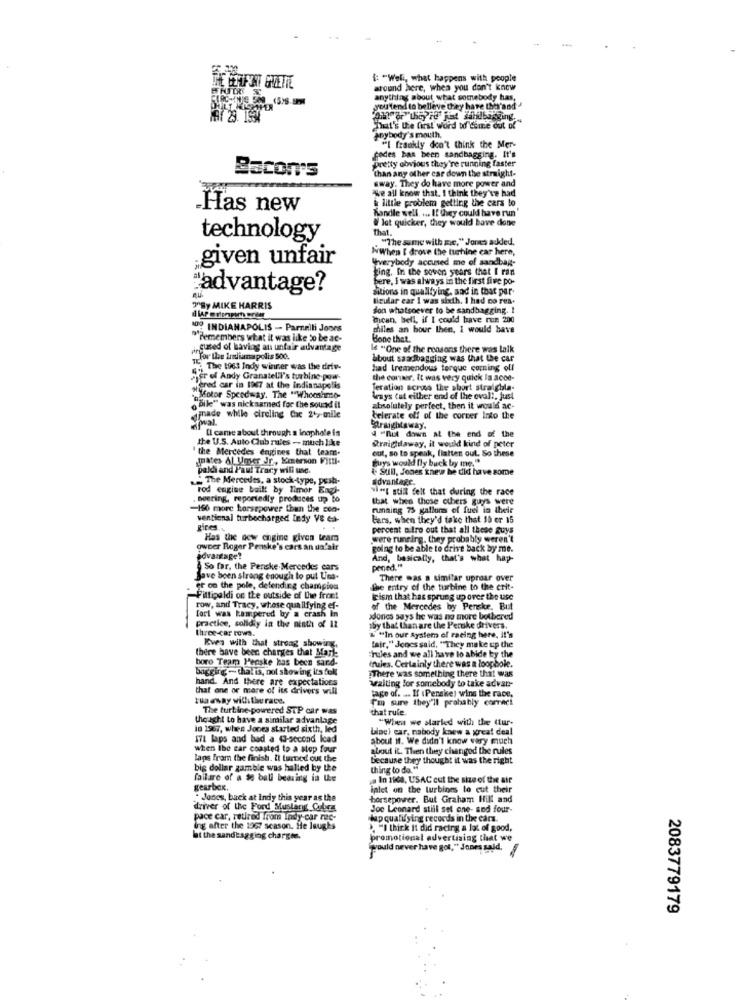
i: "Well, what happens with people
around here, when you don't know
anything about what somebody has,
geltend to believe they have the and
That's Uie first word to Come out of
anybody's mouth.
"I frankly don't think the Mer-
pretty obvious they're running faster
fodes bas been sandbagging. It's
Bacon's
than any other car down the straight-
away. They do have more power and
We all know that. I think they've had
-Has new
& little problem getting the cars to
handle well. ... If they could have run
lat quicker, they would have done
that.
technology
. "The same with me," Jones added,
WWhen I drove the tuchine car here,
given unfair
verybody accused me of sandbag-
Ling. In the seven years that I ran
bere, I was always in the first five po-
"advantage?
Sitions in qualifying, and in that par-
tieular ear I was sixth. I had co rea.
7"By MIKE HARRIS
don whatsoever to be sandbagging. I
ican, bell, if I could have run 200
100 INDIANAPOLIS - Parnelli Joors
chiles an bour then, I would have
"Pemembers what it was like to be ac-
Bone that.
gused of having an unfair advantage
Is "One of the reasons there was talk
Tor the Indianapolis 500.
about saadbagging was that the car
1. The 1963 Indy winner was the driv-
had tremendous torque coming off
her of Andy Granatell's turbine pow-
the corner. It was very quick la acoe-
Kered car in 1967 at the indianapolis
Jeration scross the short straighla-
o Dile" was nicknamed for the sound il
"fotor Speedway. The "Whooshme-
Ways tat either end of the oval !. just
absolutely perfect, then it would ac-
ginade while circling Cac 2'7-mile
belerate off of the corner Into the
Il came about through a loophole is
Straightaway.
the U.S. Auto Club rales - much like
4 "not down at the end of the
the Mercedes ertines that team-
out, so to speak, flatten out. So these
@raighlaway, it would kind of peter
mates Al Umer Jr, Emerson Fittl-
guys would fly buck by me."
paldi and Pau! Tracy will use.
Sul, Jones knew he did have some
The Mercedes, a stock-type, pesh-
advantage.
rod engine bailt by Timor Engl-
vi.[ still felt that during the race
Deering, reportedly produces up to
that whee these others guys were
-150 more horsepower than the con-
running 75 gallons of fuel in their
ventional turbocharged Indy Ve Ca-
Fars, when they'd take that 10 er 15
gires ..
percent altro out that all these guys
Has the new engine given team
were running. they probably weren't
owner Roger Penske's cars an un'air
going to be able to drive back by me.
advantage?
And, basically, that's what hay-
So far, the Penske Mercedes cars
pened."
Save been strong enough to put L'os.
There was a similar uproar over
se on the pole, defending champion
The entry of the turbine to the crit-
Fittipaldi on the outside of the front
tism that has sprung up over the use
row, and Tracy, whose qua ilfying ef-
of the Mercedes by Penske, But
fort was tampered by a crash in
xdones says he was no more betbered
practice, solidiy in the ninth of 12
three-car rowa.
aby that than are the Peruke drivers.
Even with that strong showing.
&"In our system of racing here, il's
fair," Jones said, "They make up the
boro Team Penske has been sard-
there have been charges that Mark
"rules and we all have to abide by the
bagging - that is, not showing its full
drules. Certainly there was a loophole.
There was something there that was
hand .. And there are expectations
that one or more of its drivers will
waiting for somebody to take advan-
tua esay willithe race.
Tm sure they'll prahably correct
tage of. ... If (Penske) wins the race,
The turbine-powered STP car was
that rule
thought to have a similar advantage
"When we started with the tur-
in 1967, when Jones started sixth, led
binel car, nobody knew a great deal
171 laps and bad a 43-second Icad
about it. We didn't know very much
when ibe car coasted to a stop four
about it. Then they changed the rules
laps from the finish. It turned out the
because they thought it was the right
big dollar gamble was halled by the
thing to do."
failure of a se ball bearing in the
In 1900, USAC cut the size of the air
gearbox.
iplet on the turbines to cut their
. Jones, back at indy this year as the
horsepower. But Graham Hill and
driver of the Ford Mustang Cubes
Joe Leonard still sel one- and four-
pace car, retired from Indy car rec-
hup qualifying records in the cars.
ing after the 1967 season. He laughs
>, "I think it did racing a lot of good,
hat the sandbagging charges.
promotional advertising that we
would never have got," Jones said,
2083779179